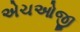
એચઓજી